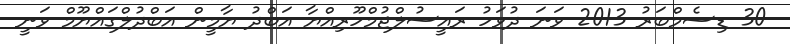
30 ޑިސެމްބަރު 2013 ވަނަ ދުވަހު ރައީސުލްޖުމްހޫރިއްޔާ އަބްދު ޔާމީން އަބްދުލްގައްޔޫމް ވަނީ